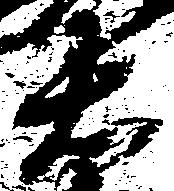
右